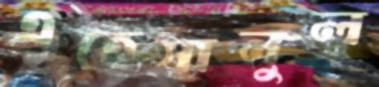
এহেসানুল